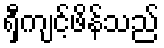
ရှီကျင့်ဖိန်သည်